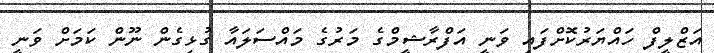
އަޒްލީފް ހައްޔަރުކޮށްފައި ވަނީ އަފްރާޝީމްގެ މަރުގެ މައްސަލައާ ގުޅިގެން ނޫން ކަމަށް ވަނީ